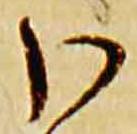
分